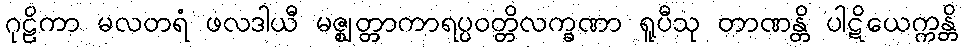
ဂုဠိကာ မလတရံ ဖလဒါယီ မဇ္ဈတ္တာကာရပ္ပဝတ္တိလက္ခဏာ ရူပီသု တာဏန္တိ ပါဋိယေက္ကန္တိ